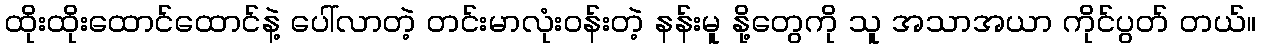
ထိုးထိုးထောင်ထောင်နဲ့ ပေါ်လာတဲ့ တင်းမာလုံးဝန်းတဲ့ နန်းမူ နို့တွေကို သူ အသာအယာ ကိုင်ပွတ် တယ်။